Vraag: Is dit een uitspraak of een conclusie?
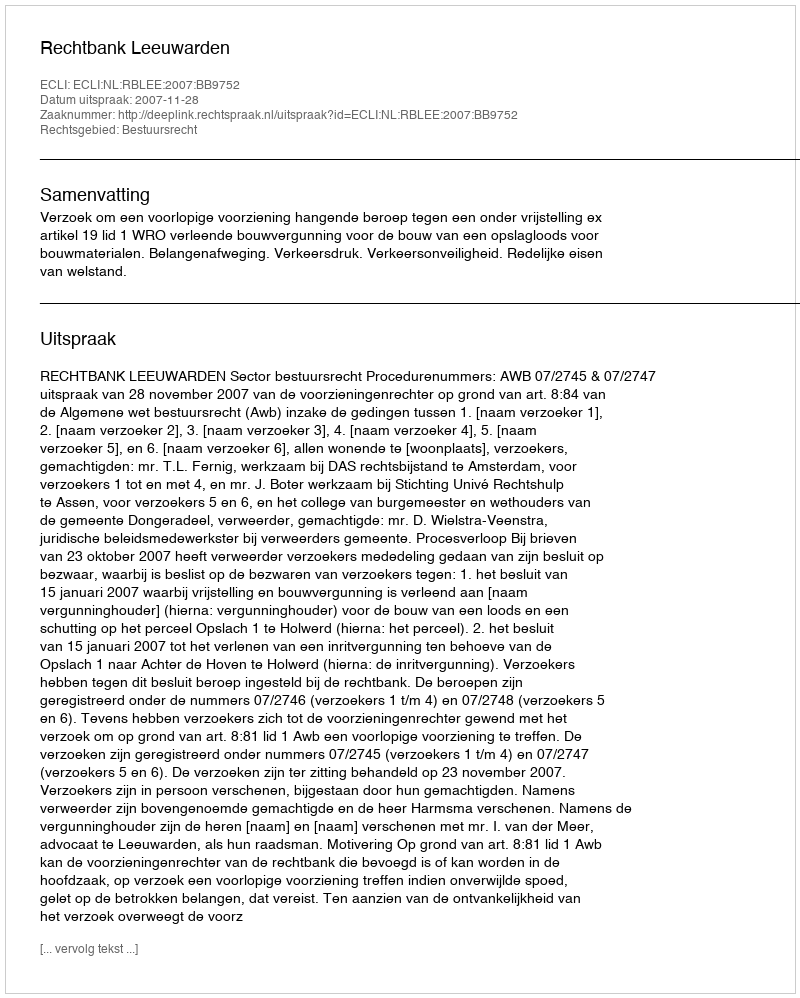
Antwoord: Uitspraak